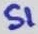
Text: S1